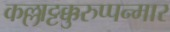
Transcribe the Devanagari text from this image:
कल्लाट्टक्कुरुप्पन्मार